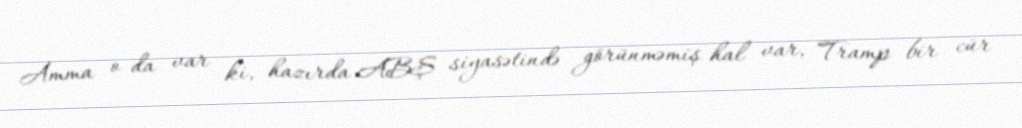
Amma o da var ki, hazırda ABŞ siyasətində görünməmiş hal var, Tramp bir cür